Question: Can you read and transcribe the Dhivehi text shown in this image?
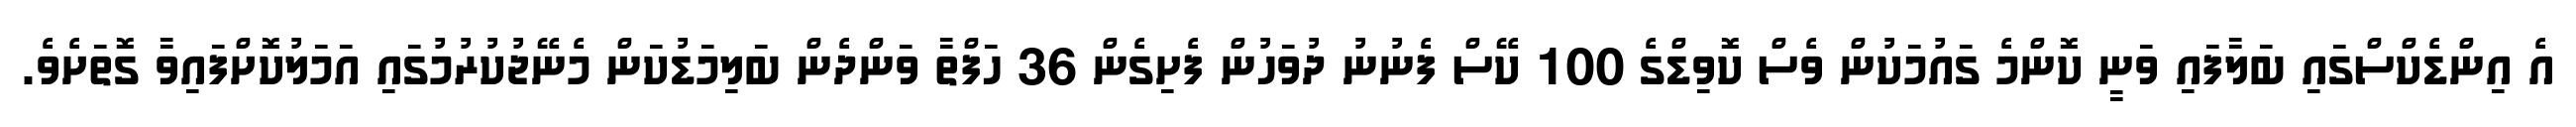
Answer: އެ އިންޑެކްސްގައި ބަލާފައި ވަނީ ކޮންމެ ގައުމަކުން ވެސް ކޮވިޑްގެ 100 ކޭސް ފެނުނު ދުވަހުން ފެށިގެން 36 ހަފްތާ ވަންދެން ބަލިމަޑުކަން މެނޭޖުކުރުމުގައި އަމަލުކޮށްފައިވާ ގޮތަށެވެ.